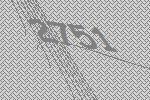
2751